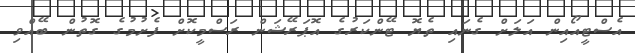
އެސްޓީއޯއިން އަލަށް ގެނައި ތެޔޮ ޓޭންކަރުގެ އޮޕަރޭޝަން ރަސްމީކޮށް ފެށުމުގެ ގޮތުން ބޭއްވި